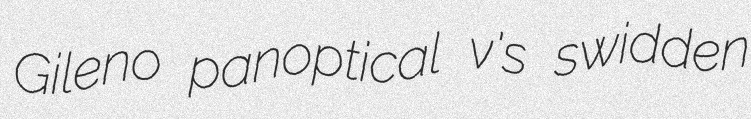
Gileno panoptical v's swidden